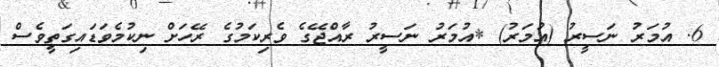
6. އުމަރު ނަސީރު (އުމަރު) *އުމަރު ނަސީރު ރާއްޖޭގެ ވެރިކަމުގެ ރޭހަށް ނިކުމެވަޑައިގަތީވެސް